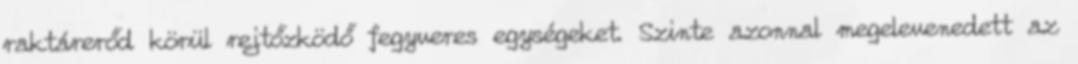
raktárerőd körül rejtőzködő fegyveres egységeket. Szinte azonnal megelevenedett az